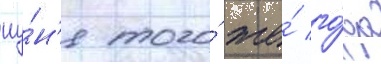
иу́н'я того́ же́ го́да